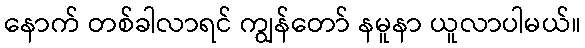
နောက် တစ်ခါလာရင် ကျွန်တော် နမူနာ ယူလာပါမယ်။